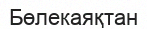
Бөлекаяқтан